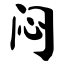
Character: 闷